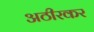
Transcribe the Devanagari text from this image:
अठीरकर